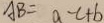
A B = a - c + b